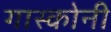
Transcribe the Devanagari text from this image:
गास्कोनी